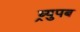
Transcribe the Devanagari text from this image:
ब्र्युपब